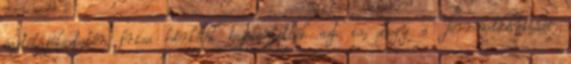
sajtótájékoztatón friss hírként bejelentették azt is, hogy a Terrorelhárítási